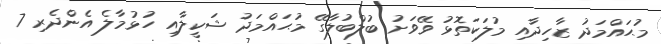
މުޙައްމަދު ޒާހިދާއި މުލަކަތޮޅު ވޭވަށު ބުލްބުލާގޭ މުޙައްމަދު ޝަކީލާއި ހުޅުމާލެ އެންދެރި 7